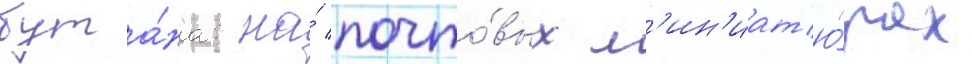
бута́на: на́ почто́вых м'ин'иат'ю́рах